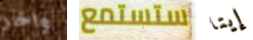
واخر ستستمع إيتا